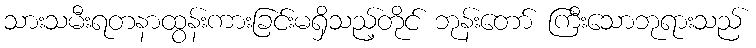
သားသမီးရတနာထွန်းကားခြင်းမရှိသည့်တိုင် ဘုန်းတော် ကြီးသောဘုရားသည်